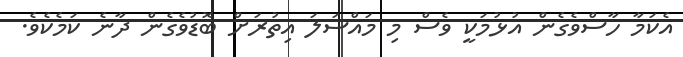
އެކަމާ ހާސްވެގެން އުޅުމަކީ ވެސް މި މައްސަލަ އިތުރަށް ބޮޑުވެގެން ދާނެ ކަމެކެވެ.